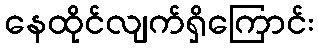
နေထိုင်လျက်ရှိကြောင်း